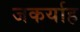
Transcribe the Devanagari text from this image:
जकर्याह